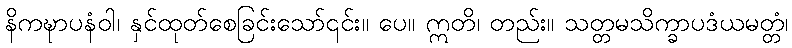
နိကဍ္ဎာပနံဝါ၊ နှင်ထုတ်စေခြင်းသော်၎င်း။ ပေ။ ဣတိ၊ တည်း။ သတ္တမသိက္ခာပဒံယမတ္တံ၊